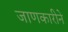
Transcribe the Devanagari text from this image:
जाणकारीने